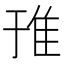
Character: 𨾌